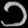
Digit: ၁